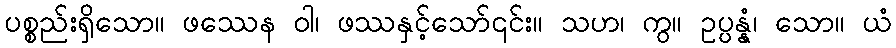
ပစ္စည်းရှိသော။ ဖဿေန ဝါ၊ ဖဿနှင့်သော်၎င်း။ သဟ၊ ကွ။ ဥပ္ပန္နံ၊ သော။ ယံ